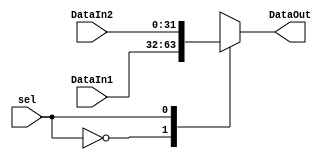
`timescale 1ns / 1ps

module mux2to1_32(
    input sel,
    input [31:0] DataIn1,
    input [31:0] DataIn2,
    output reg [31:0] DataOut
);
    always@(*) begin
    case(sel)
        1'b0: DataOut = DataIn1;
        1'b1: DataOut = DataIn2;
    endcase
end 
endmodule